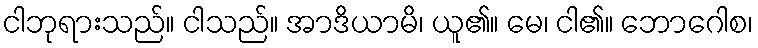
ငါဘုရားသည်။ ငါသည်။ အာဒိယာမိ၊ ယူ၏။ မေ၊ ငါ၏။ ဘောဂေါစ၊